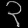
Digit: ၃